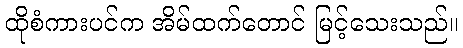
ထိုစံကားပင်က အိမ်ထက်တောင် မြင့်သေးသည်။